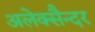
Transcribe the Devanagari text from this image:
अलेक्सैन्दर